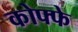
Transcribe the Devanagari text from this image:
कोफ्फे